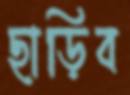
ছাড়িব